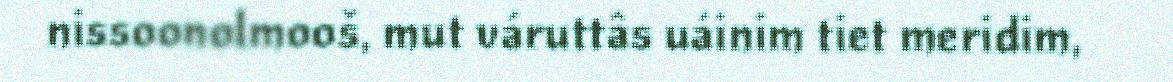
nissoonolmooš, mut váruttâs uáinim tiet meridim,